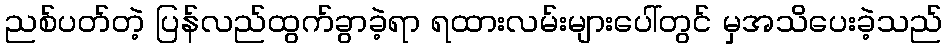
ညစ်ပတ်တဲ့ ပြန်လည်ထွက်ခွာခဲ့ရာ ရထားလမ်းများပေါ်တွင် မှအသိပေးခဲ့သည်